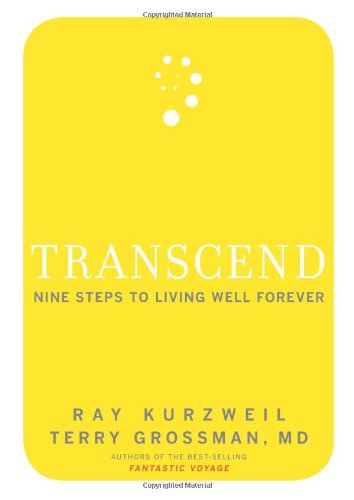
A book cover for Transcend: Nine Steps to Living Well Forever; Ray Kurzweil; Medical Books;